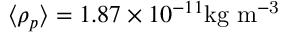
\langle \rho _ { p } \rangle = 1 . 8 7 \times 1 0 ^ { - 1 1 } \mathrm { k g \ m ^ { - 3 } }